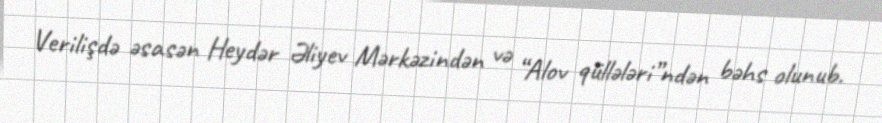
Verilişdə əsasən Heydər Əliyev Mərkəzindən və “Alov qüllələri”ndən bəhs olunub.